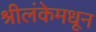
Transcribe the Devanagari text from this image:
श्रीलंकेमधून